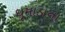
ધૂમાડાના